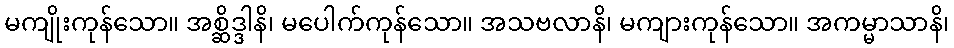
မကျိုးကုန်သော။ အစ္ဆိဒ္ဒါနိ၊ မပေါက်ကုန်သော။ အသဗလာနိ၊ မကျားကုန်သော။ အကမ္မာသာနိ၊